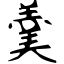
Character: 羹